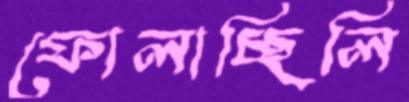
ফোলাচ্ছিলি